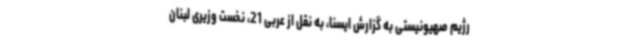
رژیم صهیونیستی به گزارش ایسنا، به نقل از عربی 21، نخست وزیری لبنان